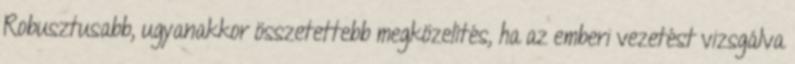
Robusztusabb, ugyanakkor összetettebb megközelítés, ha az emberi vezetést vizsgálva